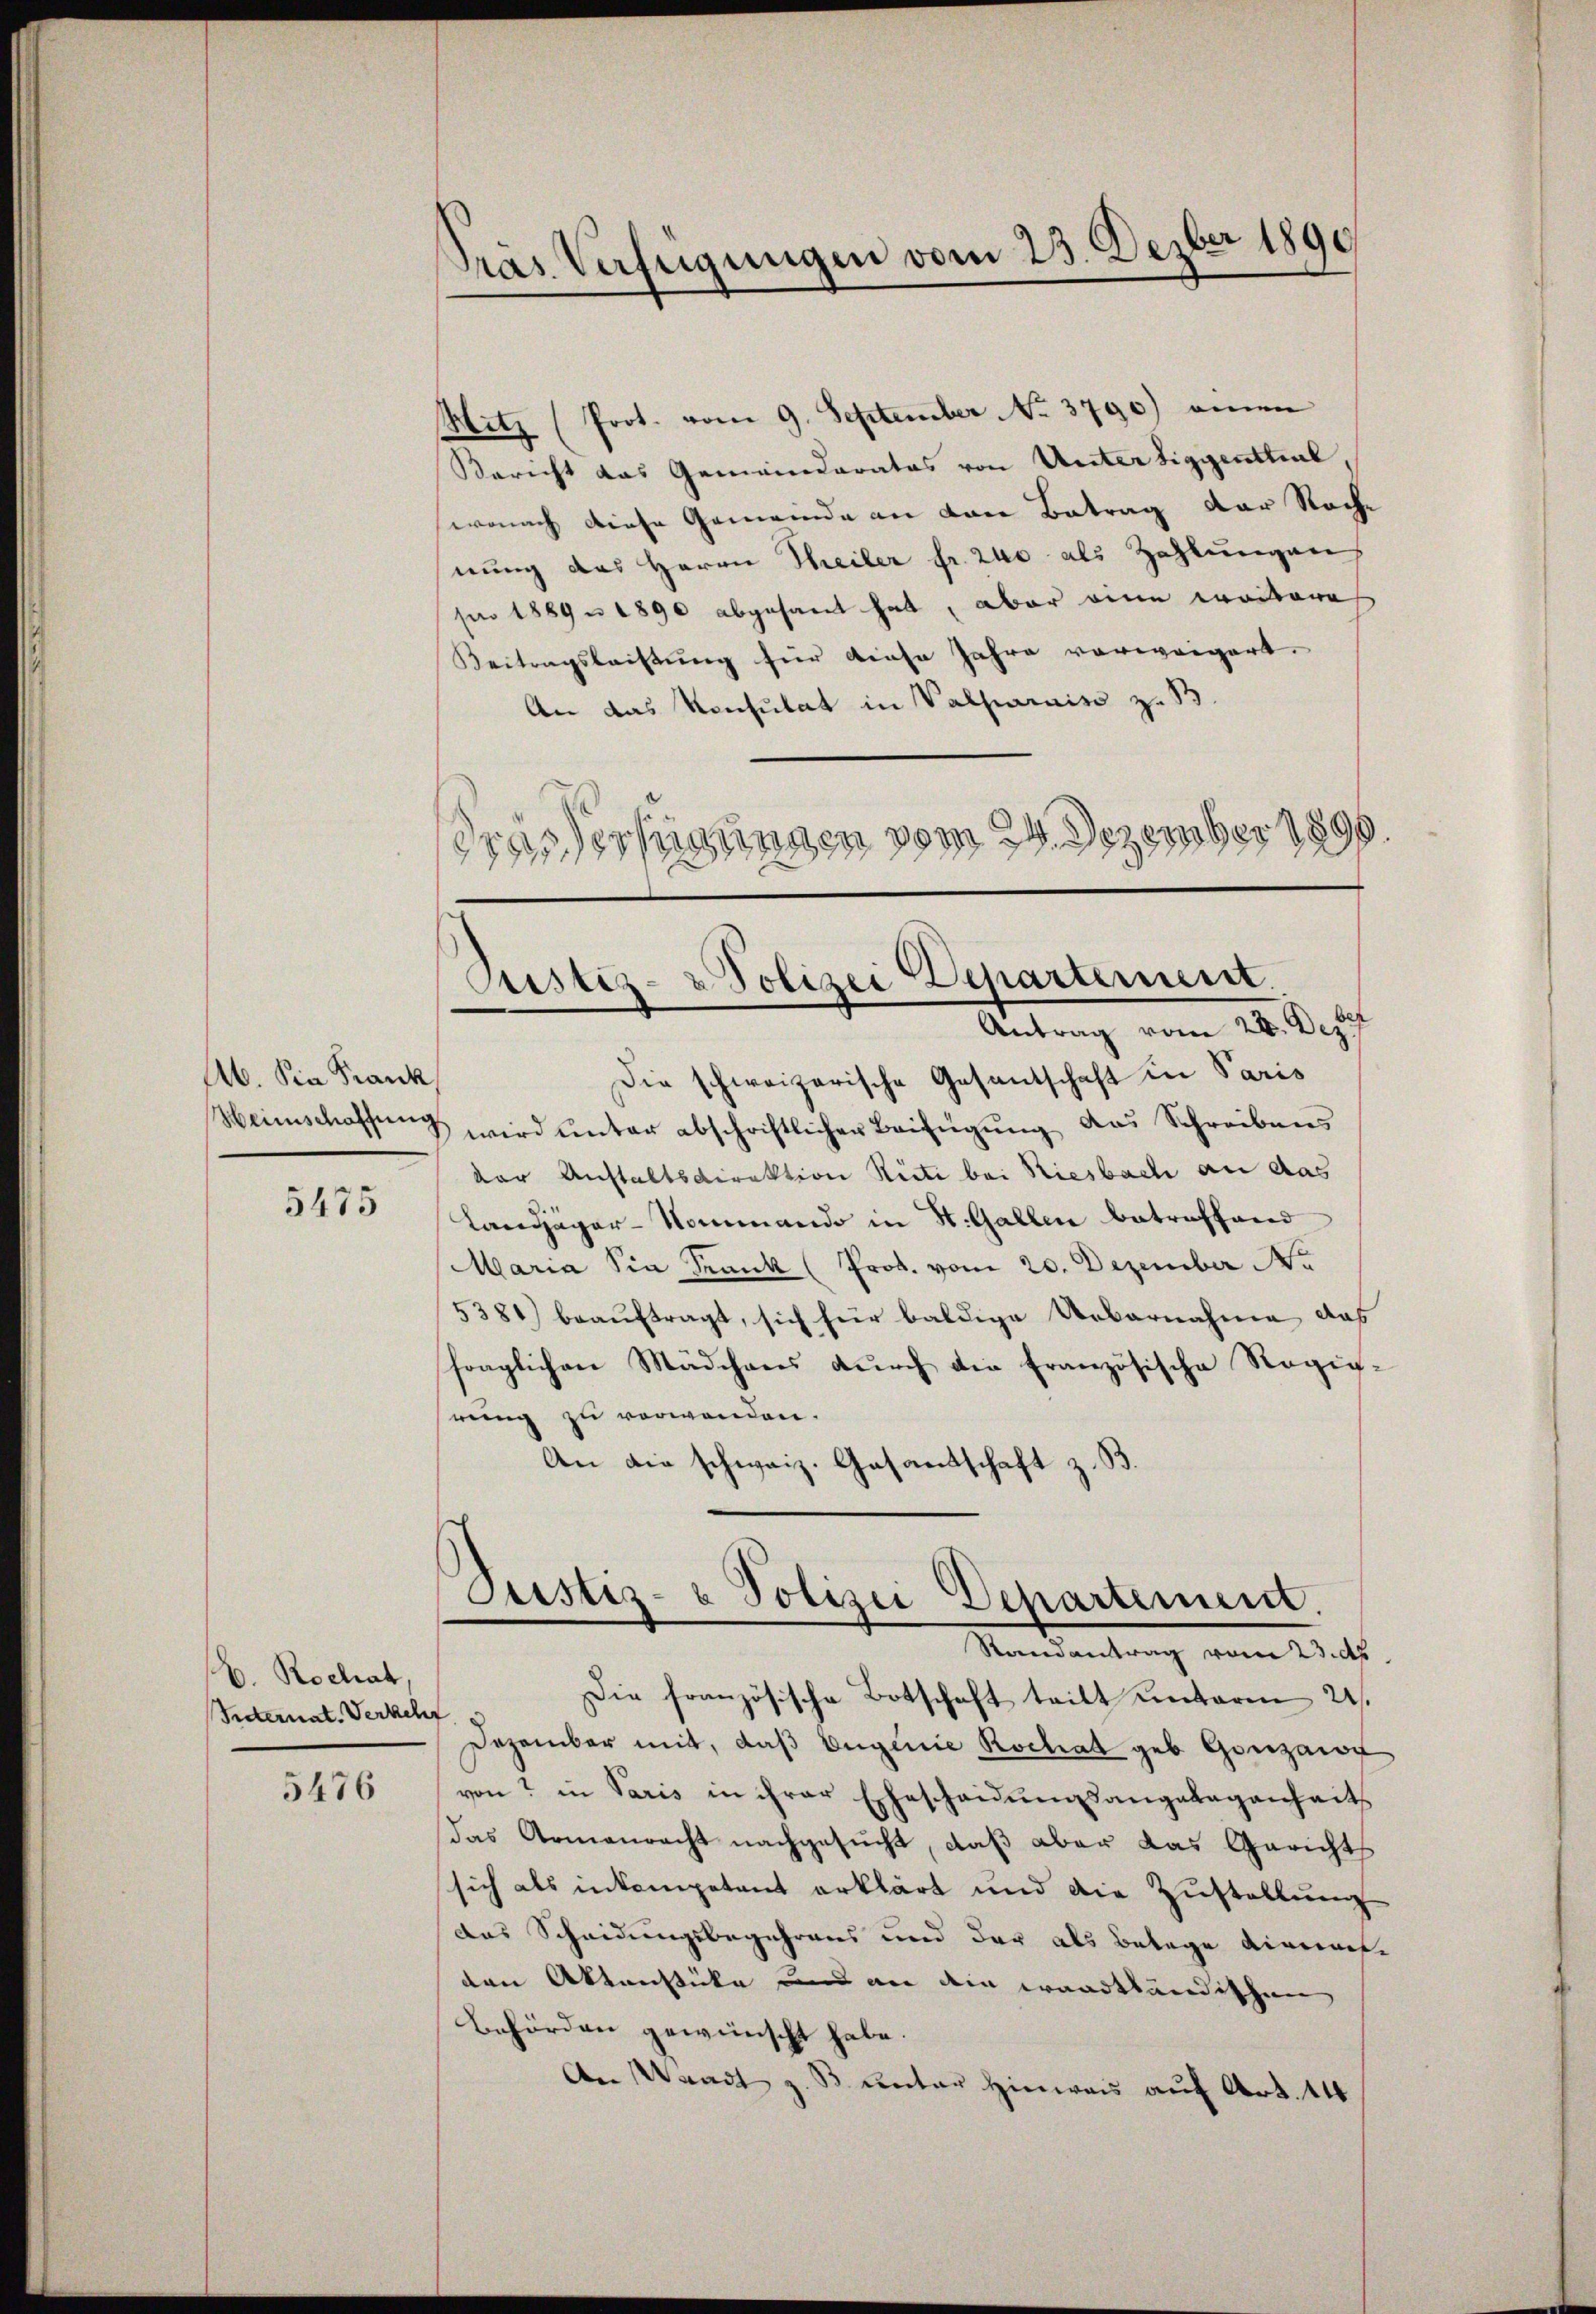
5475

b. Rochat,
Suternat. Verkehr

5476

Präs. Verfügungen vom 23. Dezber 1890

Ab. Die Frank
Heimschaffung.

Hitz (Prot. vom 9. September No. 3790) einen
Bericht das Gemeinderates von Untertiggentteil,
wonach diese Gemeinde an drei Betrag der Roche
nung das Herrn Theiler fr. 240 als Zahlungen,
pe 1889 n 1890 abgesant hat, aber eine weitere
Beitragsleistung für diese Jahre vorweigert.
An das Konsulat in Valparaiso z. B.
Gras erfügungen vom 24. Dezember 1890.

Justiz- & Polizei Departement.
Antrag vom 22. Dez.

Justiz- & Polizei Departement.
Randantrag vom 23. ds.

Die schweizerische Gesantschaft in Paris
wird unter abschriftlicher Beifügung das Schreibens
der Anstaltsdirektion Riete bei Riesbach an das
Landjäger-Nommando in St. Gallen betreffend
MMaria Sia Trank (Prot. vom 20. Dezember Ne
5381) beauftragt, sich für baldige Uebernahme das
fraglichen Mädchens durch die französische Stögig-
rung zu verwenden.
An die schweiz. Gasantschaft z. B.

Die französische Botschaft teilt unterm 2.
Dezember mit, daß Eugenie Rochiat geb. Gonzaif
von? in Paris in ihrer Ehescheidungsangelegenheit
das Armenracht nachgesucht, daß aber das Gerichts
sich als inkompetent erklärt und die Zustellung
das Scheidungsbegehrens und der als Belage dimente
den Aktenstücke und an die waadtländischen
Behörden gewünscht habe.
An Waadt z. B. unter Hinweis auf Art. 14